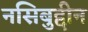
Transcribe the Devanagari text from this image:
नसिबुद्दीन